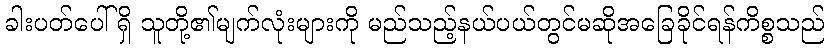
ခါးပတ်ပေါ်ရှိ သူတို့၏မျက်လုံးများကို မည်သည့်နယ်ပယ်တွင်မဆိုအခြေခိုင်ရန်ကိစ္စသည်